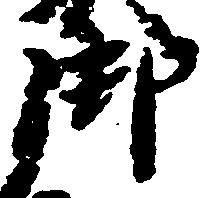
御